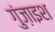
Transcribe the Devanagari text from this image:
गुंज़ाइश